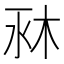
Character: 𣐫